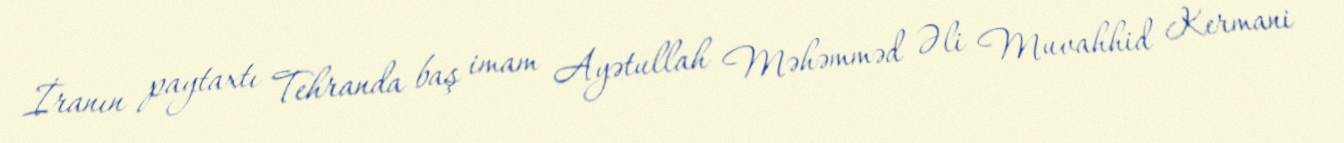
İranın paytaxtı Tehranda baş imam Ayətullah Məhəmməd Əli Muvahhid Kermani